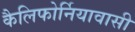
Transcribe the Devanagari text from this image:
कैलिफोर्नियावासी